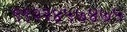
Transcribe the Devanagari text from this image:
९९२२४५७४७५